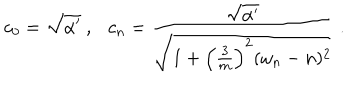
c _ { 0 } = \sqrt { \alpha ^ { \prime } } ~ , c _ { n } = \frac { \sqrt { \alpha ^ { \prime } } } { \sqrt { 1 + \left( \frac { 3 } { m } \right) ^ { 2 } ( \omega _ { n } - n ) ^ { 2 } } } ~ .